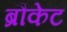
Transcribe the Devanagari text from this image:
ब्रौकेट